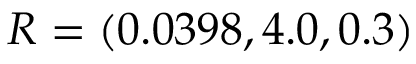
R = ( 0 . 0 3 9 8 , 4 . 0 , 0 . 3 )